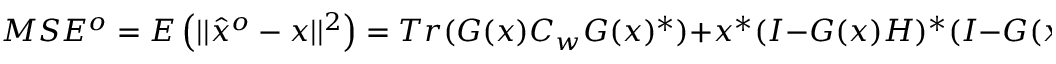
M S E ^ { o } = E \left( | | { \hat { x } } ^ { o } - x | | ^ { 2 } \right) = T r ( G ( x ) C _ { w } G ( x ) ^ { * } ) + x ^ { * } ( I - G ( x ) H ) ^ { * } ( I - G ( x ) H ) x .